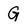
Character: G